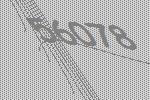
56078